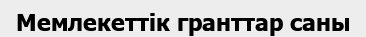
Мемлекеттік гранттар саны